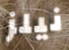
نيلز